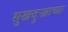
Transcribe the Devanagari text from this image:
सुखदुःखाच्या